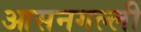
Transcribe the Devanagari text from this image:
आसनगल्ली